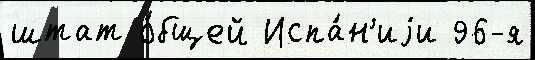
штат о́бщей Испа́н'иjи 96-я